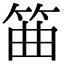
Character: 筁